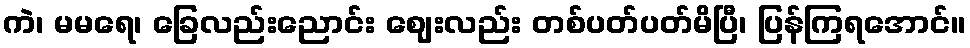
ကဲ၊ မမရေ၊ ခြေလည်းညောင်း ဈေးလည်း တစ်ပတ်ပတ်မိပြီ၊ ပြန်ကြရအောင်။